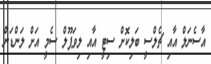
އާސެނަލް އާއި ޗެލްސީ ބަލިކޮށް ސިޓީ އާއި ލިވަޕޫލް ސެމީ އަށް ލަންޑަން